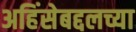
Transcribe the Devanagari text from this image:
अहिंसेबद्दलच्या